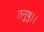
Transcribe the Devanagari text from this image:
तनुषु।।